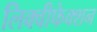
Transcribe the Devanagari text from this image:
लिक्वीफेक्शन